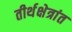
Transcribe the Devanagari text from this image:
तीर्थक्षेत्रांत